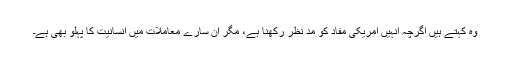
وہ کہتے ہیں اگرچہ انہیں امریکی مفاد کو مد نظر رکھنا ہے، مگر ان سارے معاملات میں انسانیت کا پہلو بھی ہے۔